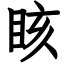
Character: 䀭